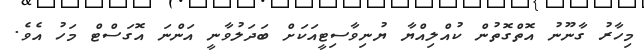
މިހާރު ގާނޫނު އޮތްގޮތުން ކުއްލިއްޔާ ޔުނިވާސިޓީއަކަށް ބަދަލުވާނީ އަންނަ އޮގަސްޓް މަހު އެވެ.